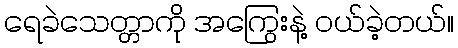
ရေခဲသေတ္တာကို အကြွေးနဲ့ ဝယ်ခဲ့တယ်။